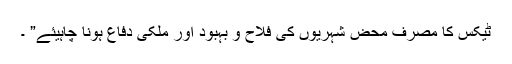
ٹیکس کا مصرف محض شہریوں کی فلاح و بہبود اور ملکی دفاع ہونا چاہیئے” ۔